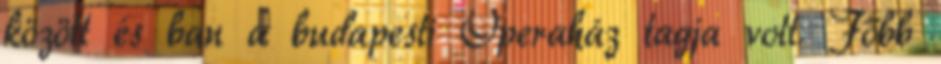
között és ban a budapesti Operaház tagja volt. Főbb